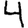
Digit: 4